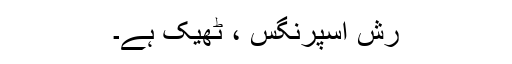
رش اسپرنگس ، ٹھیک ہے۔